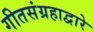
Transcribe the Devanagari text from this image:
गीतसंग्रहाद्वारे